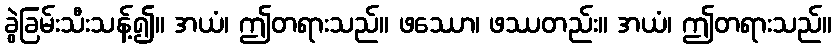
ခွဲခြမ်းသီးသန့်၍။ အယံ၊ ဤတရားသည်။ ဖဿော၊ ဖဿတည်း။ အယံ၊ ဤတရားသည်။